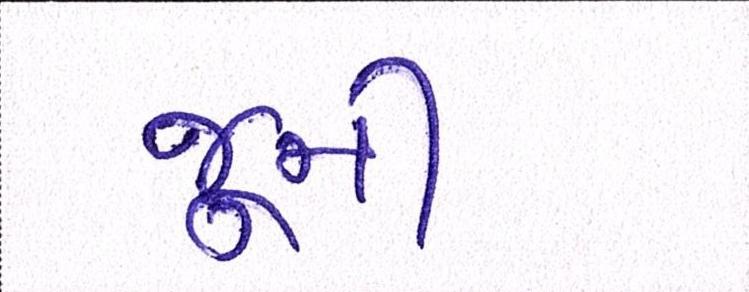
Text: જૂની